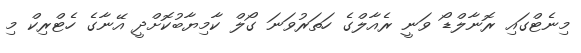
މިނެޓްގައި ރޮނާލްޑޯ ވަނީ ރެއާލްގެ ހަތަރުވަނަ ގޯލް ކާމިޔާބުކޮށްދީ އޭނާގެ ހެޓްރިކް މި